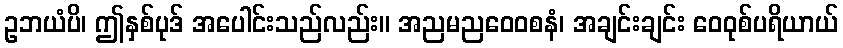
ဥဘယံပိ၊ ဤနှစ်ပုဒ် အပေါင်းသည်လည်း။ အညမညဝေဝစနံ၊ အချင်းချင်း ဝေဝုစ်ပရိယာယ်